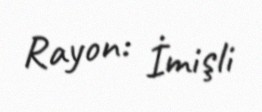
Rayon: İmişli